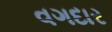
વગદાર